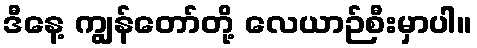
ဒီနေ့ ကျွန်တော်တို့ လေယာဉ်စီးမှာပါ။